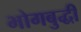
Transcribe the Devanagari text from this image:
भोगबुद्धी